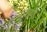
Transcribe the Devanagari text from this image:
चचाण